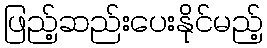
ဖြည့်ဆည်းပေးနိုင်မည့်